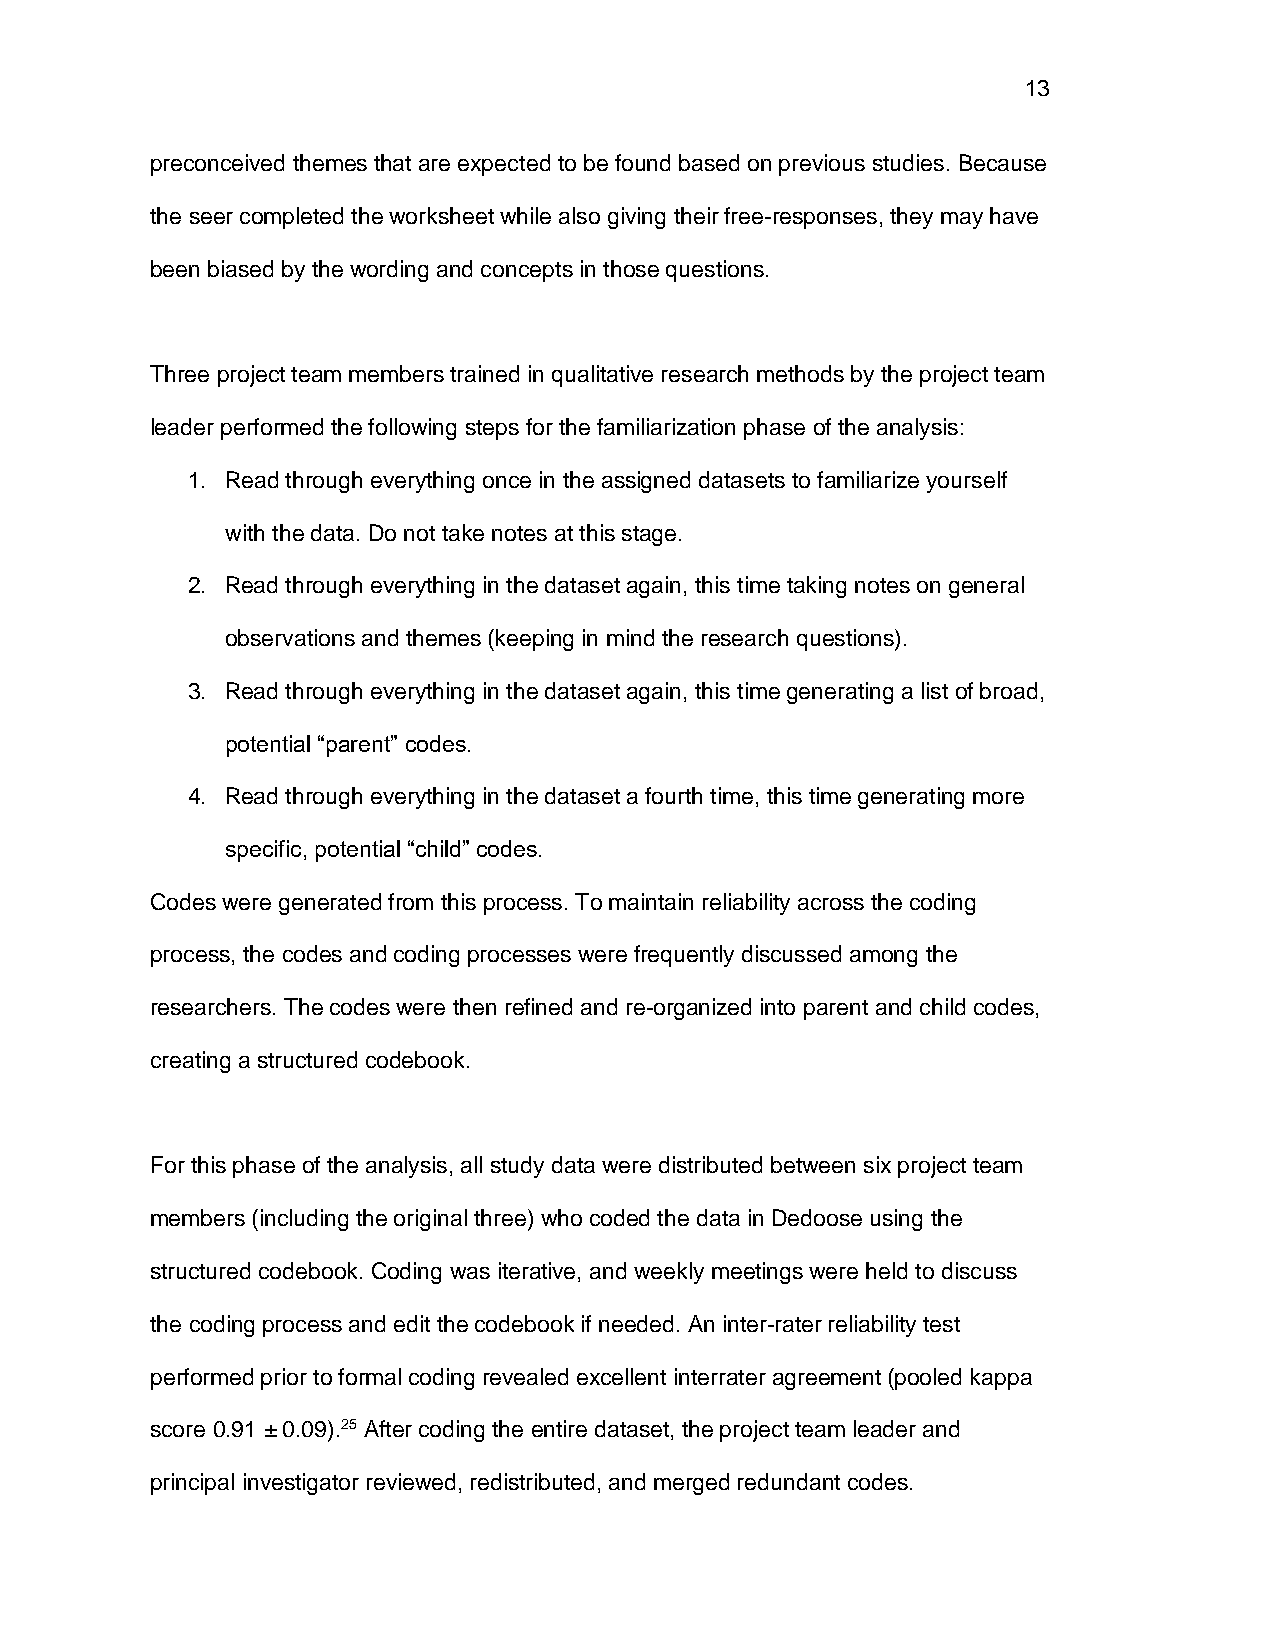
13
 preconceived themes that are expected to be found based on previous studies. Because
 the seer completed the worksheet while also giving their free-responses, they may have
 been biased by the wording and concepts in those questions.
 Three project team members trained in qualitative research methods by the project team
 leader performed the following steps for the familiarization phase of the analysis:
 1. Read through everything once in the assigned datasets to familiarize yourself
 with the data. Do not take notes at this stage.
 2. Read through everything in the dataset again, this time taking notes on general
 observations and themes (keeping in mind the research questions).
 3. Read through everything in the dataset again, this time generating a list of broad,
 potential “parent” codes.
 4. Read through everything in the dataset a fourth time, this time generating more
 specific, potential “child” codes.
 Codes were generated from this process. To maintain reliability across the coding
 process, the codes and coding processes were frequently discussed among the
 researchers. The codes were then refined and re-organized into parent and child codes,
 creating a structured codebook.
 For this phase of the analysis, all study data were distributed between six project team
 members (including the original three) who coded the data in Dedoose using the
 structured codebook. Coding was iterative, and weekly meetings were held to discuss
 the coding process and edit the codebook if needed. An inter-rater reliability test
 performed prior to formal coding revealed excellent interrater agreement (pooled kappa
 score 0.91 ± 0.09).25 After coding the entire dataset, the project team leader and
 principal investigator reviewed, redistributed, and merged redundant codes.